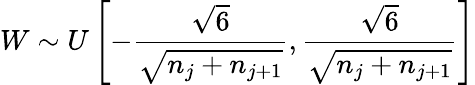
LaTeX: W\sim U\left[-\frac{\sqrt{6}}{\sqrt{n_{j}+n_{j+1}}},\frac{\sqrt{6}}{\sqrt{n_{j}+n_{j+1}}}\right]